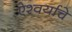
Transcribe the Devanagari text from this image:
ऐश्वर्याचे